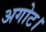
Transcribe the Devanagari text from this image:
अगोट।